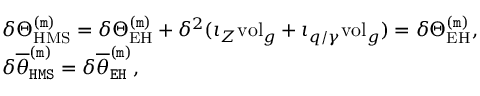
\begin{array} { r l } & { \delta \Theta _ { \mathrm { H M S } } ^ { \mathtt { ( m ) } } = \delta \Theta _ { \mathrm { E H } } ^ { \mathtt { ( m ) } } + \delta ^ { 2 } ( \iota _ { Z } \mathrm { v o l } _ { g } + \iota _ { q / \gamma } \mathrm { v o l } _ { g } ) = \delta \Theta _ { \mathrm { E H } } ^ { \mathtt { ( m ) } } , } \\ & { \delta \overline { { \theta } } _ { \mathtt { H M S } } ^ { \mathtt { ( m ) } } = \delta \overline { { \theta } } _ { \mathtt { E H } } ^ { \mathtt { ( m ) } } , } \end{array}